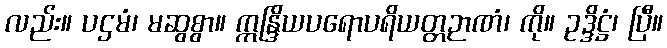
လည်း။ ပဌမံ၊ မဆွစွာ။ ဣန္ဒြိယပရောပရိယတ္တဉာဏံ၊ ကို။ ဥဒ္ဒိဋ္ဌံ၊ ပြီ။